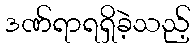
ဒဏ်ရာရရှိခဲ့သည့်